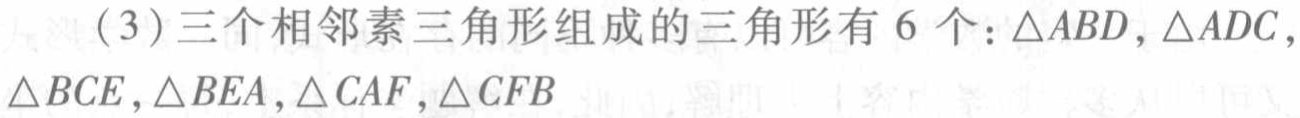
（3）三个相邻素三角形组成的三角形有 6 个：$\triangle ABD,\triangle ADC,\triangle BCE,\triangle BEA,\triangle CAF,\triangle CFB$